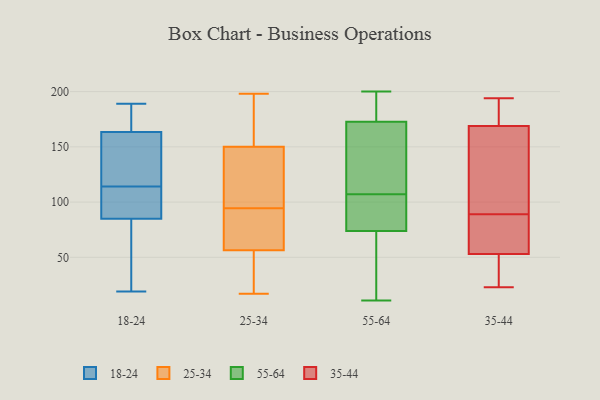
{"axis": {"x": "Market Share (%)", "y": "Value"}, "legend": ["18-24", "25-34", "35-44", "55-64"], "data": [{"x": "", "y": 144, "type": "18-24"}, {"x": "", "y": 189, "type": "18-24"}, {"x": "", "y": 79, "type": "18-24"}, {"x": "", "y": 101, "type": "18-24"}, {"x": "", "y": 162, "type": "18-24"}, {"x": "", "y": 180, "type": "18-24"}, {"x": "", "y": 87, "type": "18-24"}, {"x": "", "y": 147, "type": "18-24"}, {"x": "", "y": 168, "type": "18-24"}, {"x": "", "y": 39, "type": "18-24"}, {"x": "", "y": 134, "type": "18-24"}, {"x": "", "y": 174, "type": "18-24"}, {"x": "", "y": 114, "type": "18-24"}, {"x": "", "y": 101, "type": "18-24"}, {"x": "", "y": 19, "type": "18-24"}, {"x": "", "y": 114, "type": "18-24"}, {"x": "", "y": 64, "type": "18-24"}, {"x": "", "y": 141, "type": "25-34"}, {"x": "", "y": 177, "type": "25-34"}, {"x": "", "y": 198, "type": "25-34"}, {"x": "", "y": 40, "type": "25-34"}, {"x": "", "y": 17, "type": "25-34"}, {"x": "", "y": 63, "type": "25-34"}, {"x": "", "y": 96, "type": "25-34"}, {"x": "", "y": 64, "type": "25-34"}, {"x": "", "y": 107, "type": "25-34"}, {"x": "", "y": 50, "type": "25-34"}, {"x": "", "y": 93, "type": "25-34"}, {"x": "", "y": 128, "type": "25-34"}, {"x": "", "y": 159, "type": "25-34"}, {"x": "", "y": 47, "type": "25-34"}, {"x": "", "y": 179, "type": "25-34"}, {"x": "", "y": 84, "type": "25-34"}, {"x": "", "y": 30, "type": "55-64"}, {"x": "", "y": 107, "type": "55-64"}, {"x": "", "y": 124, "type": "55-64"}, {"x": "", "y": 200, "type": "55-64"}, {"x": "", "y": 157, "type": "55-64"}, {"x": "", "y": 58, "type": "55-64"}, {"x": "", "y": 79, "type": "55-64"}, {"x": "", "y": 84, "type": "55-64"}, {"x": "", "y": 104, "type": "55-64"}, {"x": "", "y": 182, "type": "55-64"}, {"x": "", "y": 172, "type": "55-64"}, {"x": "", "y": 190, "type": "55-64"}, {"x": "", "y": 11, "type": "55-64"}, {"x": "", "y": 91, "type": "55-64"}, {"x": "", "y": 163, "type": "55-64"}, {"x": "", "y": 175, "type": "55-64"}, {"x": "", "y": 28, "type": "55-64"}, {"x": "", "y": 184, "type": "35-44"}, {"x": "", "y": 77, "type": "35-44"}, {"x": "", "y": 172, "type": "35-44"}, {"x": "", "y": 194, "type": "35-44"}, {"x": "", "y": 103, "type": "35-44"}, {"x": "", "y": 39, "type": "35-44"}, {"x": "", "y": 159, "type": "35-44"}, {"x": "", "y": 23, "type": "35-44"}, {"x": "", "y": 89, "type": "35-44"}, {"x": "", "y": 45, "type": "35-44"}, {"x": "", "y": 83, "type": "35-44"}]}